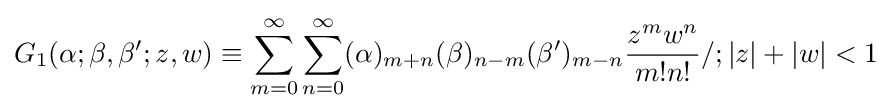
G_{1}(\alpha ;\beta ,\beta ';z,w)\equiv \sum _{m=0}^{\infty }\sum _{n=0}^{\infty }(\alpha )_{m+n}(\beta )_{n-m}(\beta ')_{m-n}{\frac {z^{m}w^{n}}{m!n!}}/;|z|+|w|<1